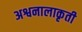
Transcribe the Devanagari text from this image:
अश्वनालाकृती